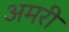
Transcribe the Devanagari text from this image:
अमरी